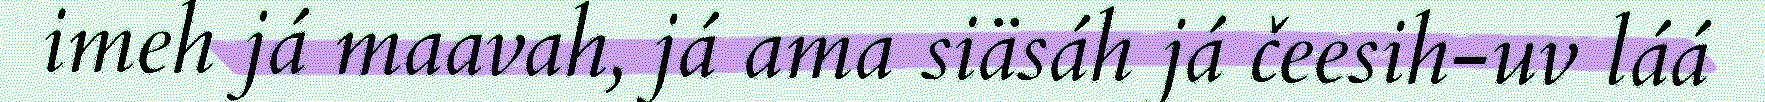
imeh já maavah, já ama siäsáh já čeesih-uv láá